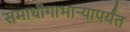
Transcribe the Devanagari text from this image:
समाधीगाभाऱ्यापर्यंत